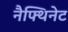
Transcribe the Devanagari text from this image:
नैफ्थिनेट